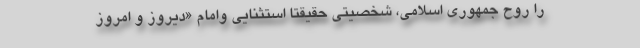
را روح جمهوری اسلامی، شخصیتی حقیقتاً استثنایی وامامِ «دیروز و امروز